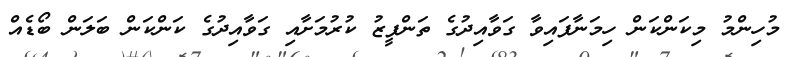
މުހިންމު މިކަންކަން ހިމަނާފައިވާ ގަވާއިދުގެ ތަންފީޒު ކުރުމަށާއި ގަވާއިދުގެ ކަންކަން ބަލަން ބޯޑެއް